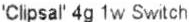
'CLIPSAL' 4G 1W SWITCH